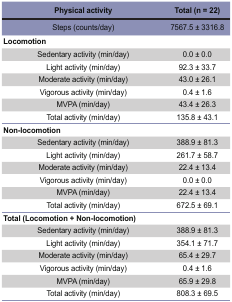
<table><thead><tr><td><b>Physical activity</b></td><td><b>Total (n = 22)</b></td></tr></thead><tbody><tr><td>Steps (counts/day)</td><td>7567.5 ± 3316.8</td></tr><tr><td colspan="2"><b>Locomotion</b></td></tr><tr><td>Sedentary activity (min/day)</td><td>0.0 ± 0.0</td></tr><tr><td>Light activity (min/day)</td><td>92.3 ± 33.7</td></tr><tr><td>Moderate activity (min/day)</td><td>43.0 ± 26.1</td></tr><tr><td>Vigorous activity (min/day)</td><td>0.4 ± 1.6</td></tr><tr><td>MVPA (min/day)</td><td>43.4 ± 26.3</td></tr><tr><td>Total activity (min/day)</td><td>135.8 ± 43.1</td></tr><tr><td colspan="2"><b>Non-locomotion</b></td></tr><tr><td>Sedentary activity (min/day)</td><td>388.9 ± 81.3</td></tr><tr><td>Light activity (min/day)</td><td>261.7 ± 58.7</td></tr><tr><td>Moderate activity (min/day)</td><td>22.4 ± 13.4</td></tr><tr><td>Vigorous activity (min/day)</td><td>0.0 ± 0.0</td></tr><tr><td>MVPA (min/day)</td><td>22.4 ± 13.4</td></tr><tr><td>Total activity (min/day)</td><td>672.5 ± 69.1</td></tr><tr><td colspan="2"><b>Total (Locomotion + Non-locomotion)</b></td></tr><tr><td>Sedentary activity (min/day)</td><td>388.9 ± 81.3</td></tr><tr><td>Light activity (min/day)</td><td>354.1 ± 71.7</td></tr><tr><td>Moderate activity (min/day)</td><td>65.4 ± 29.7</td></tr><tr><td>Vigorous activity (min/day)</td><td>0.4 ± 1.6</td></tr><tr><td>MVPA (min/day)</td><td>65.9 ± 29.8</td></tr><tr><td>Total activity (min/day)</td><td>808.3 ± 69.5</td></tr></tbody></table>